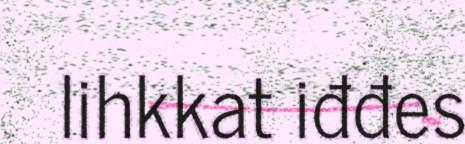
lihkkat iđđes